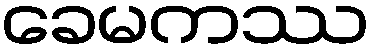
ခေမကဿ